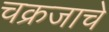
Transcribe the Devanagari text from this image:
चक्रजाचे